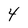
Character: 4